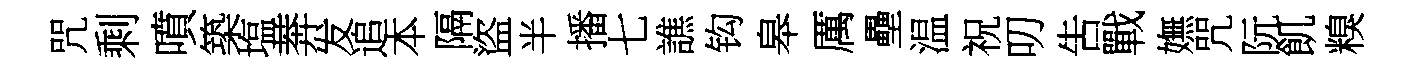
咒剩噴築塩莾发追本隔盜半播七譙钩皋厲壘温祝叨吿戰嫵咒阮飢糗